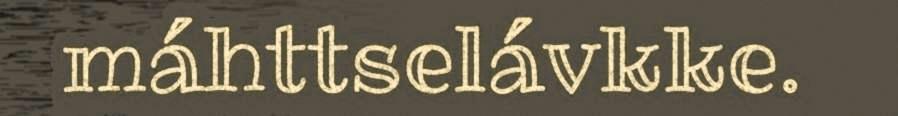
máhttselávkke.